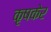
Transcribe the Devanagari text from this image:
कृषकेर